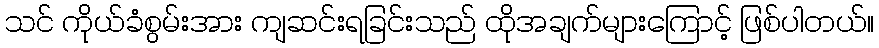
သင် ကိုယ်ခံစွမ်းအား ကျဆင်းရခြင်းသည် ထိုအချက်များကြောင့် ဖြစ်ပါတယ်။